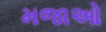
મજાઓ